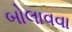
બોલાવવા